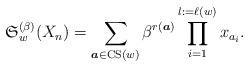
LaTeX: \begin{gather*} \mathfrak{S}_{w}^{(\beta)}(X_n) = \sum_{{\boldsymbol{a}} \in {\rm CS}(w)} \beta^{r({\boldsymbol{a}})} \prod_{i=1}^{l:=\ell(w)} x_{a_{i}}. \end{gather*}